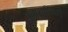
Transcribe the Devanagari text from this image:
पुनार्स्थाप्नाएं